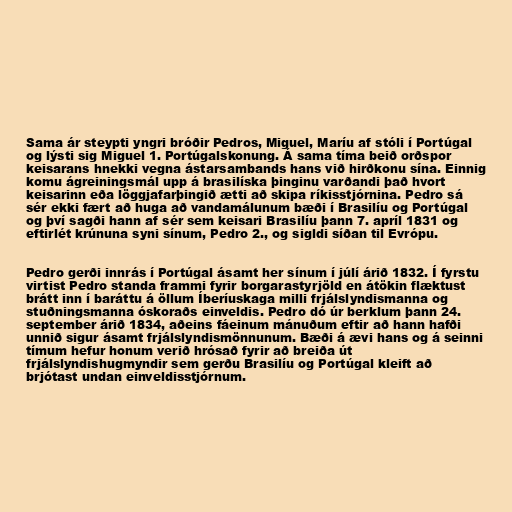
Sama ár steypti yngri bróðir Pedros, Miguel, Maríu af stóli í Portúgal
og lýsti sig Miguel 1. Portúgalskonung. Á sama tíma beið orðspor
keisarans hnekki vegna ástarsambands hans við hirðkonu sína. Einnig
komu ágreiningsmál upp á brasilíska þinginu varðandi það hvort
keisarinn eða löggjafarþingið ætti að skipa ríkisstjórnina. Pedro sá
sér ekki fært að huga að vandamálunum bæði í Brasilíu og Portúgal
og því sagði hann af sér sem keisari Brasilíu þann 7. apríl 1831 og
eftirlét krúnuna syni sínum, Pedro 2., og sigldi síðan til Evrópu.

Pedro gerði innrás í Portúgal ásamt her sínum í júlí árið 1832. Í fyrstu
virtist Pedro standa frammi fyrir borgarastyrjöld en átökin flæktust
brátt inn í baráttu á öllum Íberíuskaga milli frjálslyndismanna og
stuðningsmanna óskoraðs einveldis. Pedro dó úr berklum þann 24.
september árið 1834, aðeins fáeinum mánuðum eftir að hann hafði
unnið sigur ásamt frjálslyndismönnunum. Bæði á ævi hans og á seinni
tímum hefur honum verið hrósað fyrir að breiða út
frjálslyndishugmyndir sem gerðu Brasilíu og Portúgal kleift að
brjótast undan einveldisstjórnum.